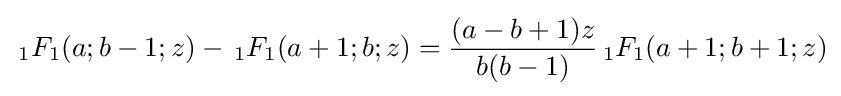
\,_{1}F_{1}(a;b-1;z)-\,_{1}F_{1}(a+1;b;z)={\frac {(a-b+1)z}{b(b-1)}}\,_{1}F_{1}(a+1;b+1;z)